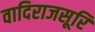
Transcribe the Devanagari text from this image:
वादिराजसूरि